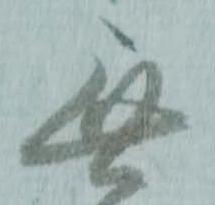
無